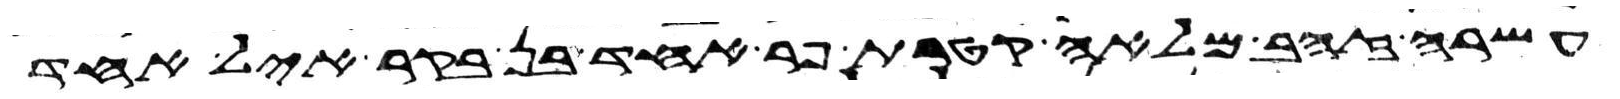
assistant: עשרה זהב מלאה קטרת פר אחד בן בקר איל אחד